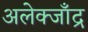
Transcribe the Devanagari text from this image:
अलेक्जाँद्र